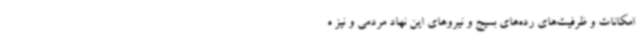
امکانات و ظرفیت‌های رده‌های بسیج و نیروهای این نهاد مردمی و نیز ه